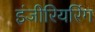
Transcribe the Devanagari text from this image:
इंजीरियरिंग